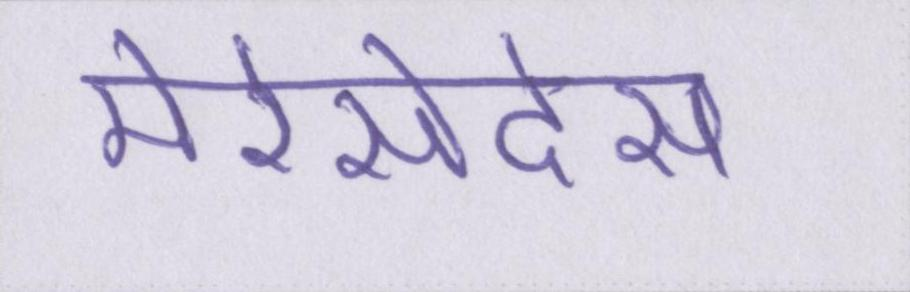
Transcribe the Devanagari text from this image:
मेरेसेदेस